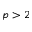
p > 2